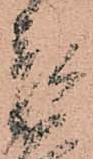
彦